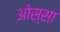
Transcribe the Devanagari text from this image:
ओस्सा